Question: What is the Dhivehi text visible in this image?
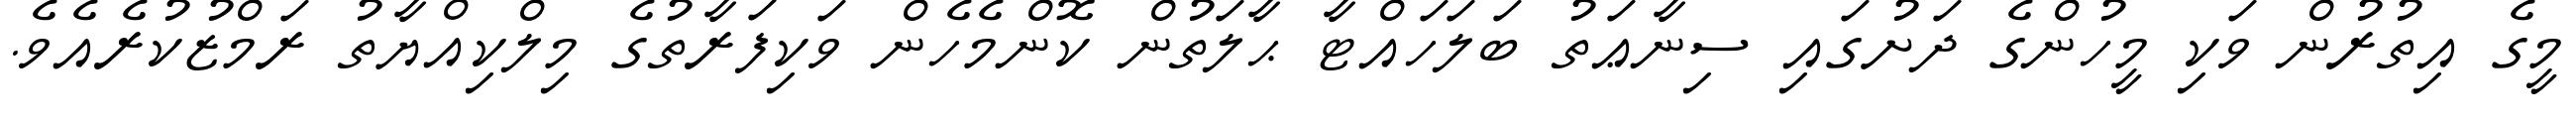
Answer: މީގެ އިތުރުން ވަކި މީހުންގެ ދަށުގައި ސިނާޢަތު ބަލަހައްޓާ ޙާލަތުން ކޮންމެހެން ވަކިފަރާތުގެ މިލްކިއްޔާތު ރަމްޒުކުރެއެވެ.